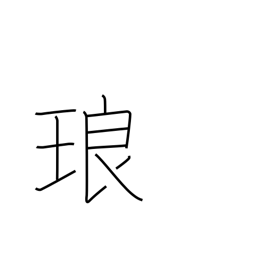
Meaning: a precious stone